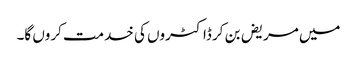
میں مریض بن کر ڈاکٹروں کی خدمت کروں گا۔